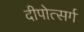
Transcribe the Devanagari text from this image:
दीपोत्सर्ग